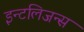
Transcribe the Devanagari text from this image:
इन्टलिजन्स